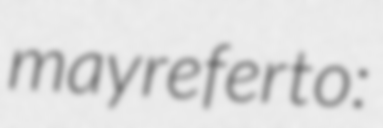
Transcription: may refer to: